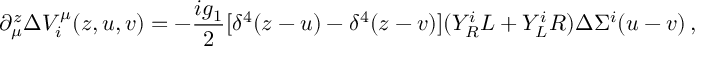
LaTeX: \partial _ { \mu } ^ { z } \Delta V _ { i } ^ { \mu } ( z , u , v ) = - \frac { i g _ { 1 } } { 2 } [ \delta ^ { 4 } ( z - u ) - \delta ^ { 4 } ( z - v ) ] ( Y _ { R } ^ { i } L + Y _ { L } ^ { i } R ) \Delta \Sigma ^ { i } ( u - v ) \, ,